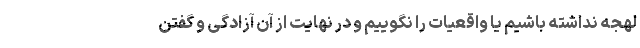
لهجه نداشته باشیم یا واقعیات را نگوییم و در نهایت از آن آزادگی و گفتن